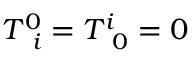
T _ { \, \, \, i } ^ { 0 } = T _ { \, \, \, 0 } ^ { i } = 0